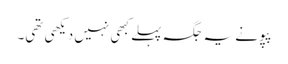
پپو نے یہ جگہ پہلے کبھی نہیں دیکھی تھی۔